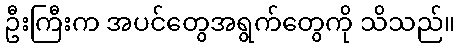
ဦးကြီးက အပင်တွေအရွက်တွေကို သိသည်။